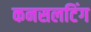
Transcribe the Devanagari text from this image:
कनसलटिंग